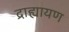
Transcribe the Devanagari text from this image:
द्राह्यायण